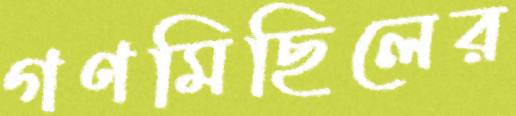
গণমিছিলের